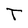
Character: T